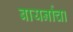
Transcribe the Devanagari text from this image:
बायर्नाचा